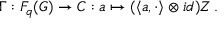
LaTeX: \Gamma : F _ { q } ( G ) \rightarrow { \cal C } : a \mapsto ( \langle a , \cdot \rangle \otimes i d ) { \cal Z } \, .